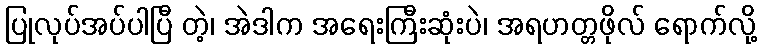
ပြုလုပ်အပ်ပါပြီ တဲ့၊ အဲဒါက အရေးကြီးဆုံးပဲ၊ အရဟတ္တဖိုလ် ရောက်လို့